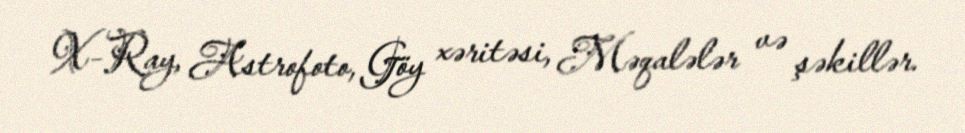
X-Ray, Astrofoto, Göy xəritəsi, Məqalələr və şəkillər.